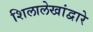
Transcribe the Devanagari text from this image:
शिलालेखांद्वारे